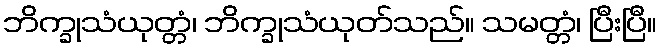
ဘိက္ခုသံယုတ္တံ၊ ဘိက္ခုသံယုတ်သည်။ သမတ္တံ၊ ပြီးပြီ။